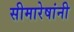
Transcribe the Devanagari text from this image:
सीमारेषांनी